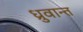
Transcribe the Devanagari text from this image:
ध्रुवान्त